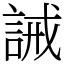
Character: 誡